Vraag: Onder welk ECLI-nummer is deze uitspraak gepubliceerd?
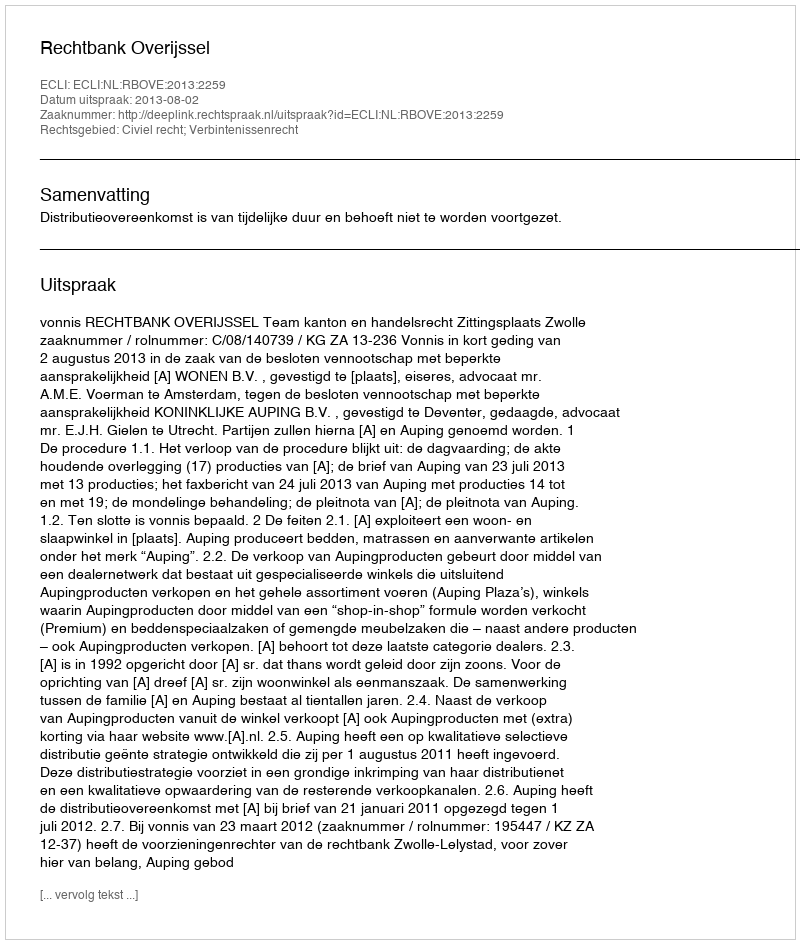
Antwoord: ECLI:NL:RBOVE:2013:2259